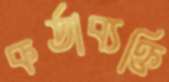
কর্তাব্যক্তি